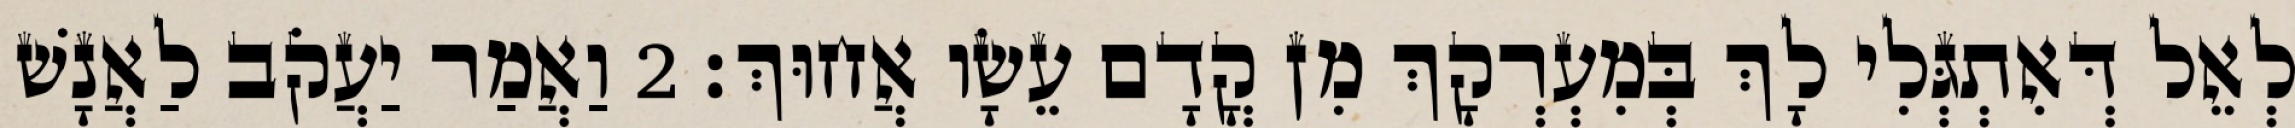
לְאֵל דְּאִתְגְּלִי לָךְ בְּמִעְרְקָךְ מִן קֳדָם עֵשָׂו אֲחוּךְ׃ 2 וַאֲמַר יַעֲקֹב לַאֲנָשׁ